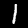
Label: 1